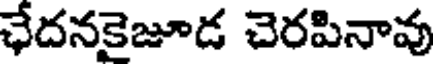
ఛేదనకైజూడ చెరపినావు